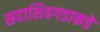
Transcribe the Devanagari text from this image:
सदाशिवगडाकडे